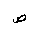
Letter: _sad